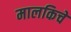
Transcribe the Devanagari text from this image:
मालकिचे